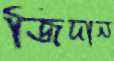
জিদান